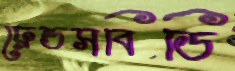
ফ্রেন্ডসবিডি